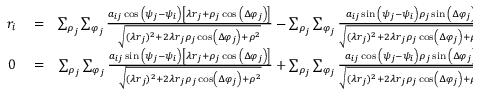
\begin{array} { r l r } { r _ { i } } & { { } = } & { \sum _ { \rho _ { j } } \sum _ { \varphi _ { j } } \frac { a _ { i j } \cos { \left( \psi _ { j } - \psi _ { i } \right) } \left[ \lambda r _ { j } + \rho _ { j } \cos { \left( \Delta \varphi _ { j } \right) } \right] } { \sqrt { ( \lambda r _ { j } ) ^ { 2 } + 2 \lambda r _ { j } \rho _ { j } \cos \left( \Delta \varphi _ { j } \right) + \rho ^ { 2 } } } - \sum _ { \rho _ { j } } \sum _ { \varphi _ { j } } \frac { a _ { i j } \sin { \left( \psi _ { j } - \psi _ { i } \right) } \rho _ { j } \sin { \left( \Delta \varphi _ { j } \right) } } { \sqrt { ( \lambda r _ { j } ) ^ { 2 } + 2 \lambda r _ { j } \rho _ { j } \cos \left( \Delta \varphi _ { j } \right) + \rho ^ { 2 } } } , } \\ { 0 } & { { } = } & { \sum _ { \rho _ { j } } \sum _ { \varphi _ { j } } \frac { a _ { i j } \sin { \left( \psi _ { j } - \psi _ { i } \right) } \left[ \lambda r _ { j } + \rho _ { j } \cos { \left( \Delta \varphi _ { j } \right) } \right] } { \sqrt { ( \lambda r _ { j } ) ^ { 2 } + 2 \lambda r _ { j } \rho _ { j } \cos \left( \Delta \varphi _ { j } \right) + \rho ^ { 2 } } } + \sum _ { \rho _ { j } } \sum _ { \varphi _ { j } } \frac { a _ { i j } \cos { \left( \psi _ { j } - \psi _ { i } \right) } \rho _ { j } \sin { \left( \Delta \varphi _ { j } \right) } } { \sqrt { ( \lambda r _ { j } ) ^ { 2 } + 2 \lambda r _ { j } \rho _ { j } \cos \left( \Delta \varphi _ { j } \right) + \rho ^ { 2 } } } , } \end{array}